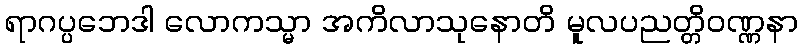
ရာဂပ္ပဘေဒါ လောကသ္မာ အကိလာသုနောတိ မူလပညတ္တိဝဏ္ဏနာ